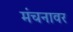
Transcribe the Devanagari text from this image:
मंचनावर